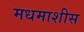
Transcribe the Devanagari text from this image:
मधमाशीस